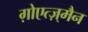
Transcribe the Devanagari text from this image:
ग़ोएत्ज़्मैन